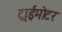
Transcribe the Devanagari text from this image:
ट्राईमोटर